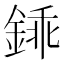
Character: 𨧰